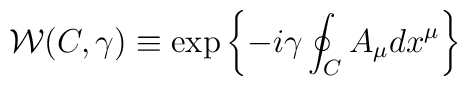
{\cal W}(C,\gamma)\equiv \mbox{\rm exp} \left\{-i\gamma\oint_C A_\mu dx^\mu\right\}